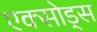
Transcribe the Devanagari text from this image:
एक्सोड्स